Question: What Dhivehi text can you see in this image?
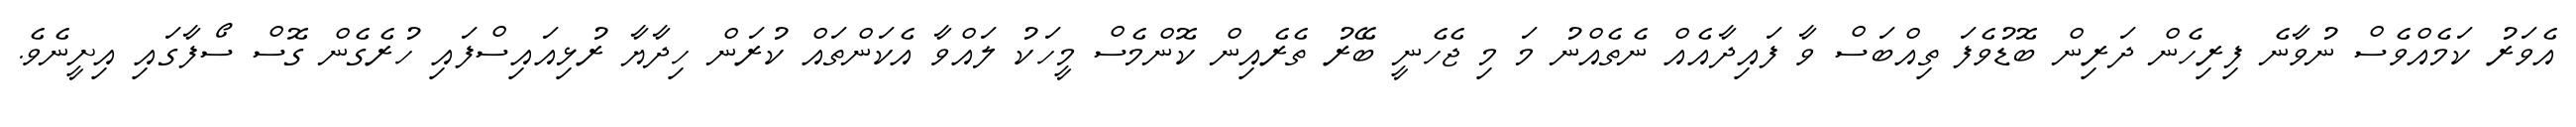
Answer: އެވަރު ކަމެއްވެސް ނުވާނެ ފިރިހެން ދަރިން ބޮޑުވެފަ ތިއްބަސް ވާ ފައިދާއެއް ނެތެއްނު މަ މި ޖެހެނީ ބޭރު ތެރެއިން ކޮންމެސް މީހަކު ލައްވާ އެކަންތައް ކުރަން ހިދާޔާ ރުޅިއައިސްފައި ހުރެގެން ގޮސް ސޯފާގައި އިށީނެވެ.